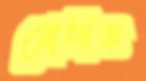
রোষিত